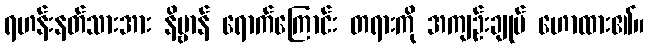
ရဟန်းနတ်သားအား နိဗ္ဗာန် ရောက်ကြောင်း တရားကို အကျဉ်းချုပ် ဟောထား၏။